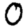
Digit: 0